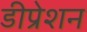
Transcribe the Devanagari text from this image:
डीप्रेशन